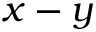
x - y